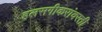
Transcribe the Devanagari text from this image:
हलसगीकरांवरती